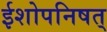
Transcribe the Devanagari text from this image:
ईशोपनिषत्